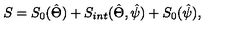
S = S _ { 0 } ( \hat { \Theta } ) + S _ { i n t } ( \hat { \Theta } , \hat { \psi } ) + S _ { 0 } ( \hat { \psi } ) ,